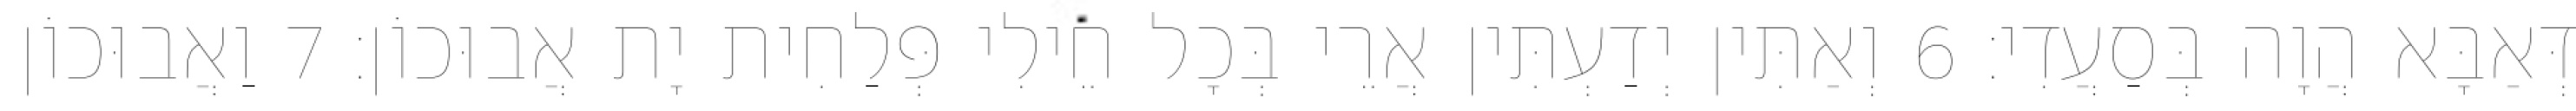
דְּאַבָּא הֲוָה בְּסַעֲדִי׃ 6 וְאַתִּין יְדַעְתִּין אֲרֵי בְּכָל חֵילִי פְּלַחִית יָת אֲבוּכוֹן׃ 7 וַאֲבוּכוֹן